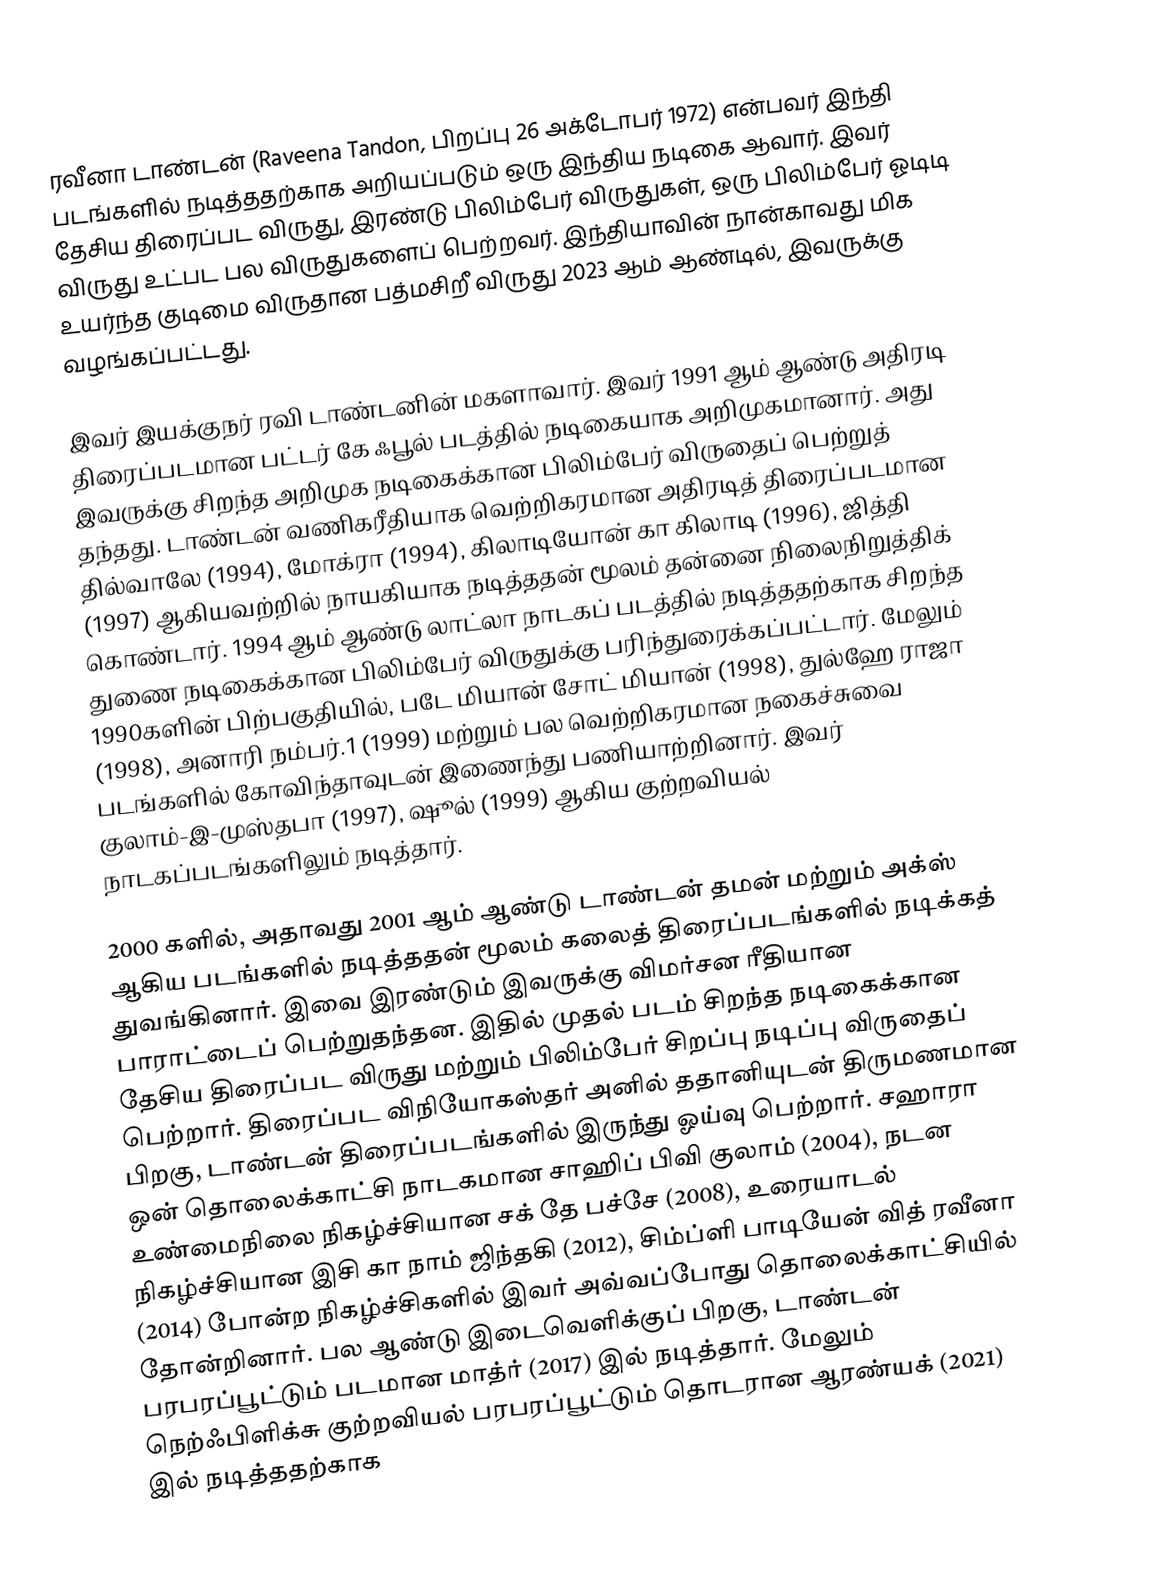
ரவீனா டாண்டன் (Raveena Tandon, பிறப்பு 26 அக்டோபர் 1972) என்பவர் இந்தி படங்களில் நடித்ததற்காக அறியப்படும் ஒரு இந்திய நடிகை ஆவார். இவர்  தேசிய திரைப்பட விருது, இரண்டு பிலிம்பேர் விருதுகள், ஒரு பிலிம்பேர் ஓடிடி விருது உட்பட பல விருதுகளைப் பெற்றவர். இந்தியாவின் நான்காவது மிக உயர்ந்த குடிமை  விருதான  பத்மசிறீ விருது 2023 ஆம் ஆண்டில், இவருக்கு வழங்கப்பட்டது.

இவர் இயக்குநர்  ரவி டாண்டனின் மகளாவார். இவர் 1991 ஆம் ஆண்டு அதிரடி திரைப்படமான  பட்டர் கே ஃபூல் படத்தில் நடிகையாக அறிமுகமானார். அது இவருக்கு சிறந்த  அறிமுக நடிகைக்கான பிலிம்பேர் விருதைப் பெற்றுத் தந்தது. டாண்டன் வணிகரீதியாக வெற்றிகரமான அதிரடித் திரைப்படமான தில்வாலே (1994), மோக்ரா (1994), கிலாடியோன் கா கிலாடி (1996), ஜித்தி (1997) ஆகியவற்றில் நாயகியாக  நடித்ததன் மூலம் தன்னை நிலைநிறுத்திக் கொண்டார். 1994 ஆம் ஆண்டு லாட்லா நாடகப் படத்தில் நடித்ததற்காக சிறந்த துணை நடிகைக்கான பிலிம்பேர் விருதுக்கு பரிந்துரைக்கப்பட்டார். மேலும் 1990களின் பிற்பகுதியில், படே மியான் சோட் மியான் (1998), துல்ஹே ராஜா (1998), அனாரி நம்பர்.1 (1999) மற்றும் பல வெற்றிகரமான நகைச்சுவை படங்களில் கோவிந்தாவுடன் இணைந்து பணியாற்றினார். இவர் குலாம்-இ-முஸ்தபா (1997), ஷூல் (1999) ஆகிய குற்றவியல் நாடகப்படங்களிலும்  நடித்தார்.

2000 களில், அதாவது  2001 ஆம் ஆண்டு டாண்டன் தமன் மற்றும் அக்ஸ் ஆகிய படங்களில் நடித்ததன் மூலம் கலைத் திரைப்படங்களில் நடிக்கத் துவங்கினார். இவை இரண்டும் இவருக்கு விமர்சன ரீதியான பாராட்டைப் பெற்றுதந்தன. இதில் முதல் படம் சிறந்த நடிகைக்கான தேசிய திரைப்பட விருது மற்றும் பிலிம்பேர் சிறப்பு நடிப்பு விருதைப் பெற்றார். திரைப்பட விநியோகஸ்தர் அனில் ததானியுடன் திருமணமான பிறகு, டாண்டன் திரைப்படங்களில் இருந்து ஓய்வு பெற்றார். சஹாரா ஒன் தொலைக்காட்சி நாடகமான  சாஹிப் பிவி குலாம் (2004), நடன உண்மைநிலை நிகழ்ச்சியான சக் தே பச்சே (2008), உரையாடல் நிகழ்ச்சியான இசி கா நாம் ஜிந்தகி (2012), சிம்ப்ளி பாடியேன் வித் ரவீனா (2014) போன்ற நிகழ்ச்சிகளில் இவர் அவ்வப்போது  தொலைக்காட்சியில் தோன்றினார். பல ஆண்டு இடைவெளிக்குப் பிறகு, டாண்டன் பரபரப்பூட்டும் படமான மாத்ர் (2017) இல் நடித்தார். மேலும் நெற்ஃபிளிக்சு குற்றவியல் பரபரப்பூட்டும் தொடரான ஆரண்யக் (2021) இல் நடித்ததற்காக